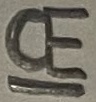
Text: CE